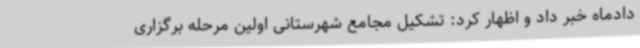
دادماه خبر داد و اظهار کرد: تشکیل مجامع شهرستانی اولین مرحله برگزاری